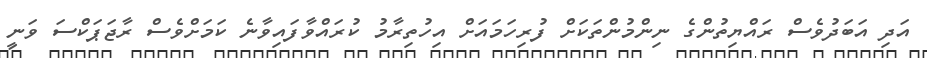
އަދި އަބަދުވެސް ރައްޔިތުންގެ ނިންމުންތަކަށް ފުރިހަމައަށް އިހުތިރާމު ކުރަައްވާފައިވާނެ ކަމަށްވެސް ރާޖަޕަކްސަ ވަނީ